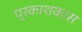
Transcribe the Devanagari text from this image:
प्रकाशकास